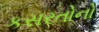
કસરતોનો